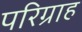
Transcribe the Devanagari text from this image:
परिग्राह